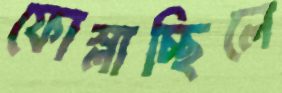
ফোস্‌লাচ্ছিলে